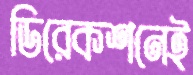
ডিরেকশনেই